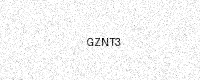
Text: GZNT3